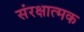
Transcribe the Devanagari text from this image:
संरक्षात्मक